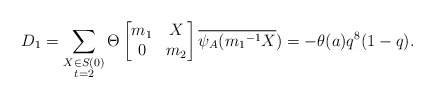
\begin{align*} D_1=\displaystyle \sum_{\substack{X\in S(0) \\ t=2 }}\Theta \begin{bmatrix} m_1 & X\\0 & m_2\end{bmatrix}\overline{\psi_A({m_1}^{-1}X})=-\theta(a)q^8(1-q). \end{align*}